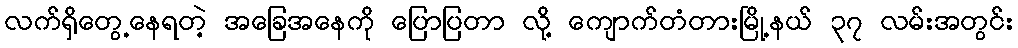
လက်ရှိတွေ့နေရတဲ့ အခြေအနေကို ပြောပြတာ လို့ ကျောက်တံတားမြို့နယ် ၃၇ လမ်းအတွင်း